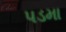
પડમા